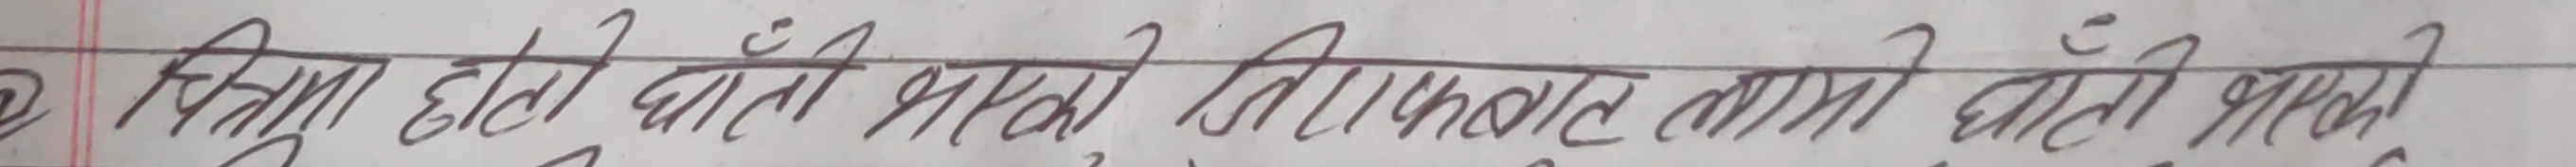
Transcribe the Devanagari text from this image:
क्रिया होटी खाती भन्दा लिपात नामे घाटे भन्दा